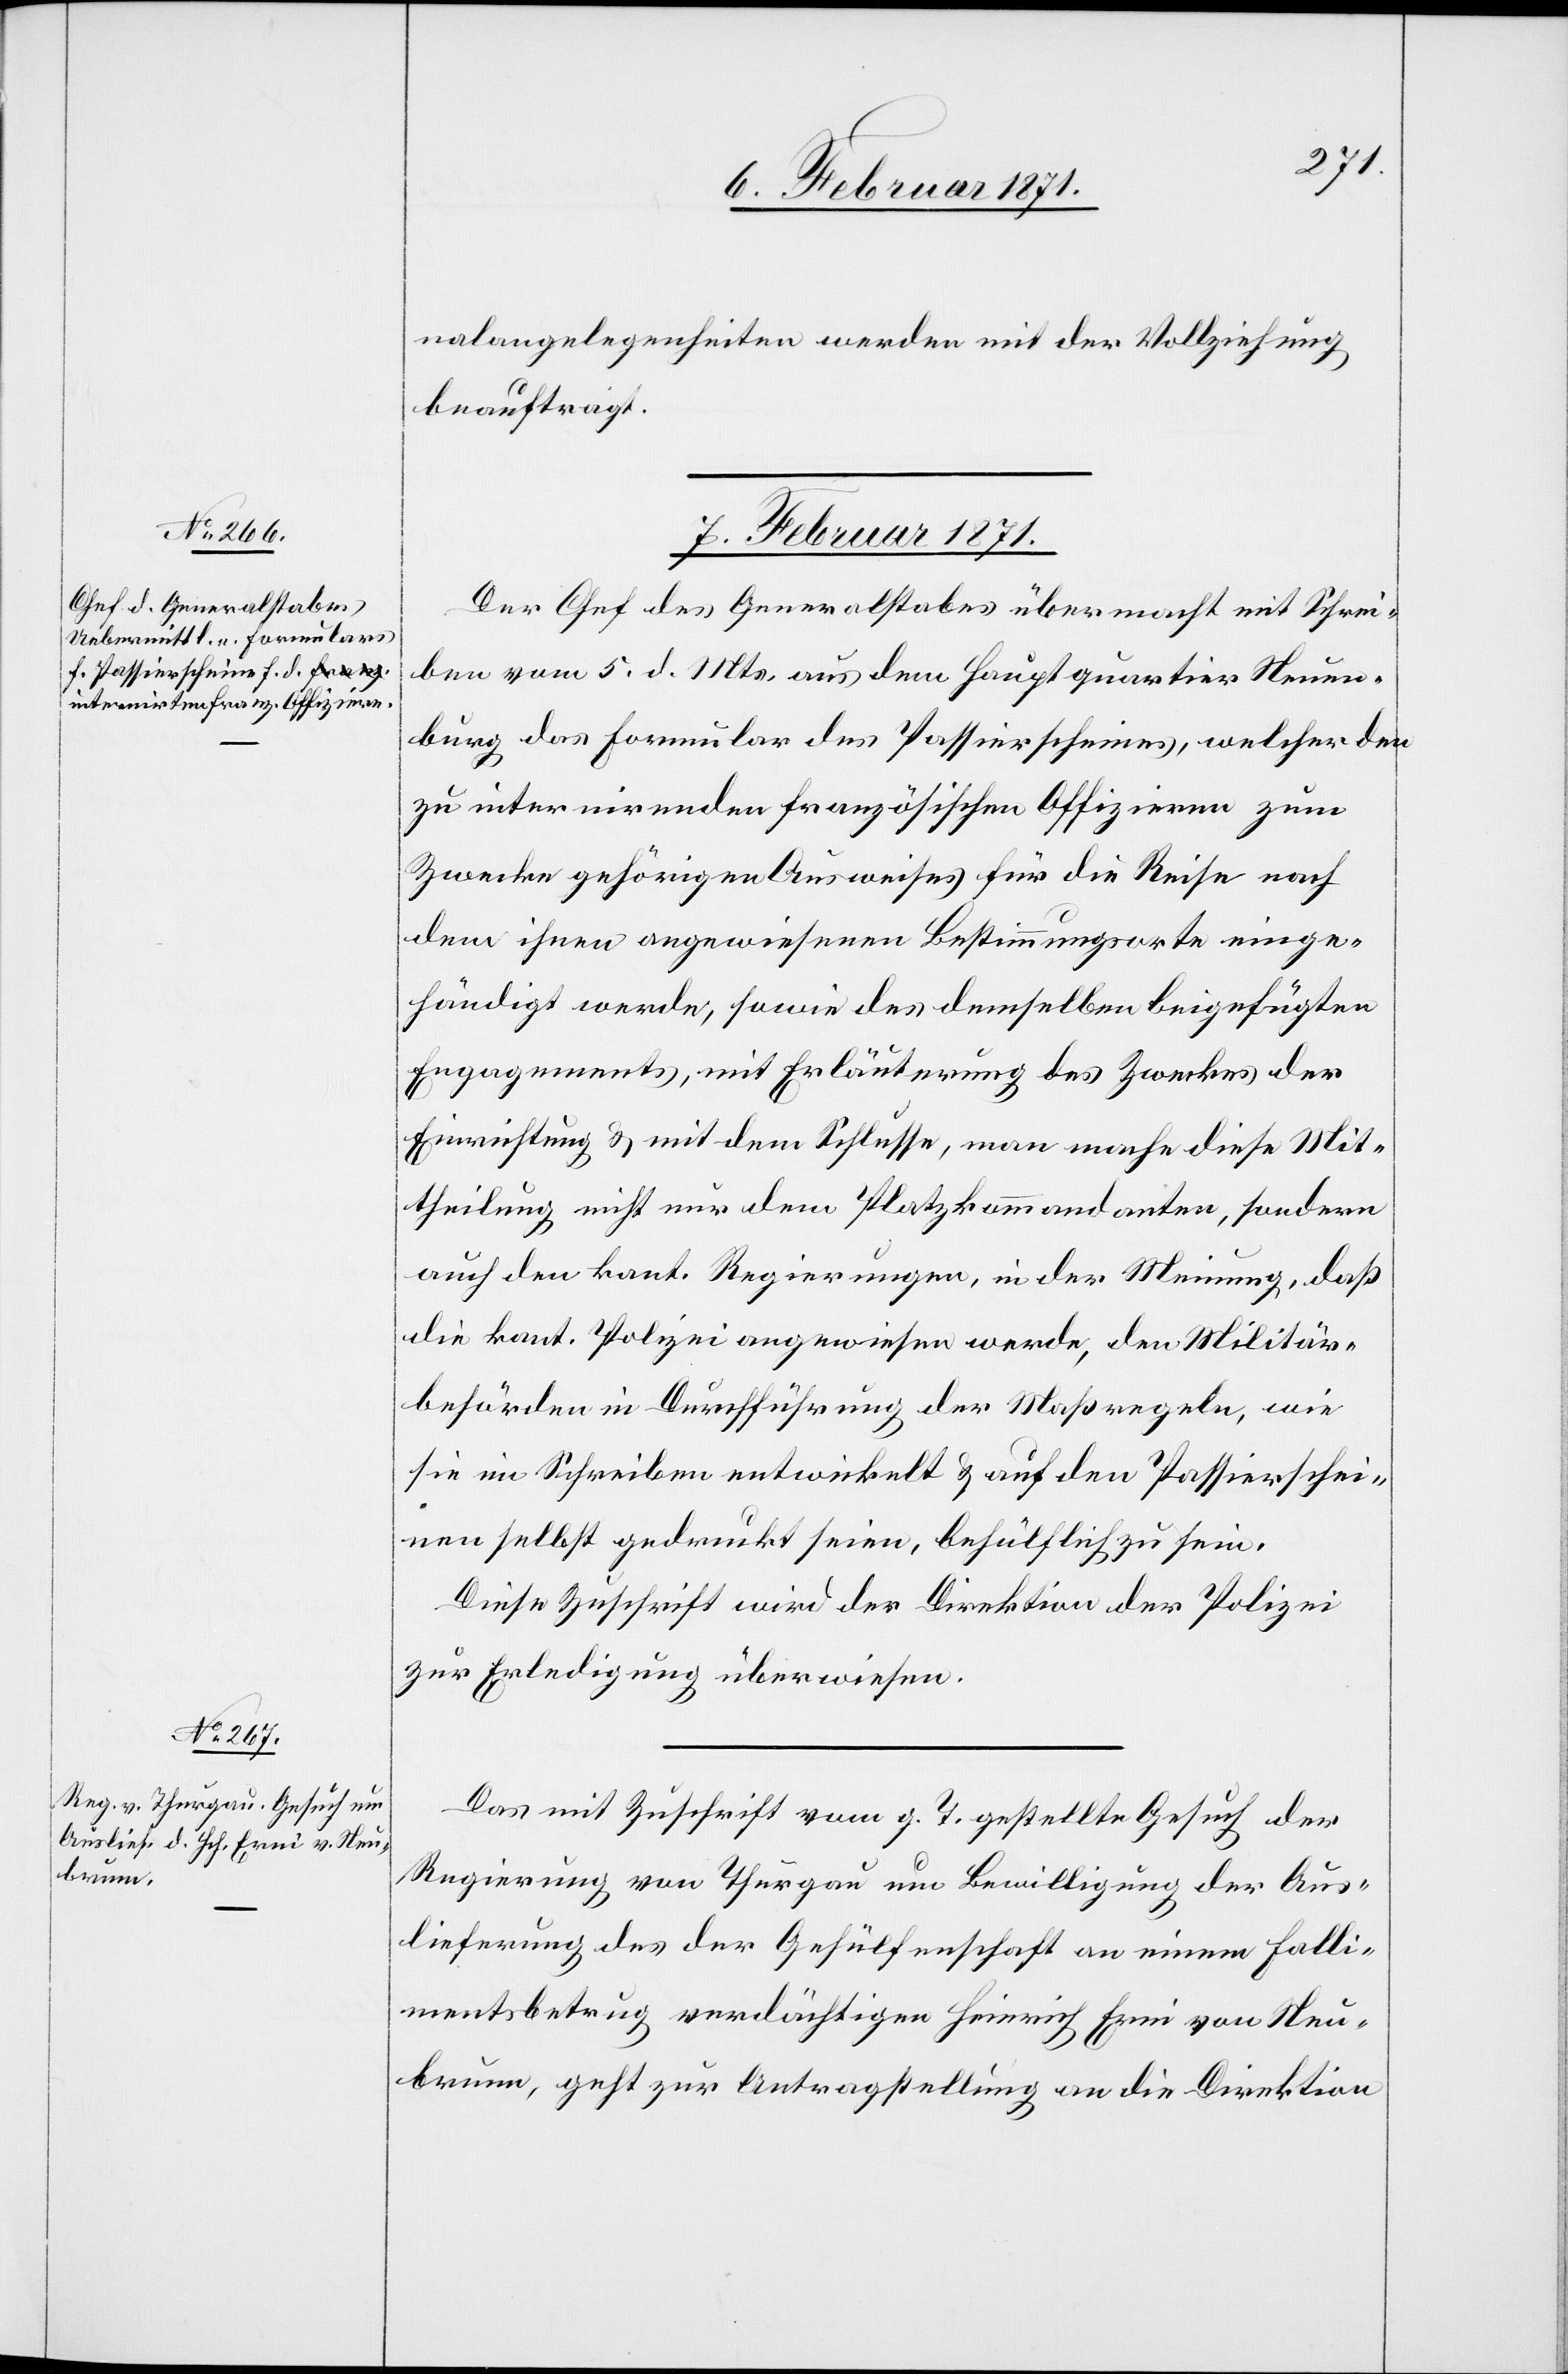
7. Februar 1871.]
nalangelegenheiten werden mit der Vollziehung
beauftragt.
7. Februar 1871.
Der Chef des Generalstabes übermacht mit Schrei¬
ben vom 5. d. Mts. aus dem Hauptquartier Neuen¬
burg das Formular des Passierscheines, welcher den
zu internirenden französischen Offizieren zum
Zwecke gehörigen Ausweises für die Reise nach
dem ihnen angewiesenen Bestimmungsorte einge¬
händigt werden, sowie des demselben beigefügten
Engagements, mit Erläuterung des Zweckes der
Einrichtung u. mit dem Schlusse, man mache diese Mit¬
theilung nicht nur dem Platzkommandanten, sondern
auch den kant. Regierungen, in der Meinung, daß
die kant. Polizei angewiesen werde, den Militär¬
behörden in Durchführung der Maßregeln, wie
sie im Schreiben entwickelt u. auf den Passierschei¬
nen selbst gedruckt seien, behülflich zu sein.
Die Zuschrift wird der Direktion der Polizei
zur Erledigung überwiesen.
Das mit Zuschrift vom g. T. gestellte Gesuch der
Regierung von Thurgau um Bewilligung der Aus¬
lieferung des der Gehülfenschaft an einem Falli¬
mentsbetrug verdächtigen Heinrich Erni von Neu¬
brunn, geht zur Antragstellung an die Direktion